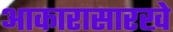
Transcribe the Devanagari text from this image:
आकारासारखे